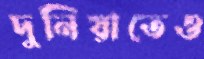
দুনিয়াতেও